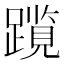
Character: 𫏠